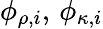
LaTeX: \phi_{\rho,i},\, \phi_{\kappa,i}